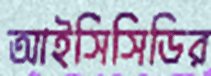
আইসিসিডির